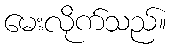
မေးလိုက်သည်။